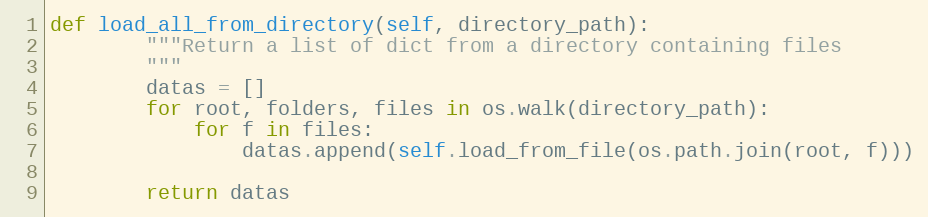
Language: Python
def load_all_from_directory(self, directory_path):
        """Return a list of dict from a directory containing files
        """
        datas = []
        for root, folders, files in os.walk(directory_path):
            for f in files:
                datas.append(self.load_from_file(os.path.join(root, f)))

        return datas